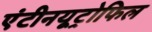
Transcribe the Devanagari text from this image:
एंटीनयूट्रोफिल